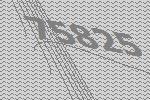
75825